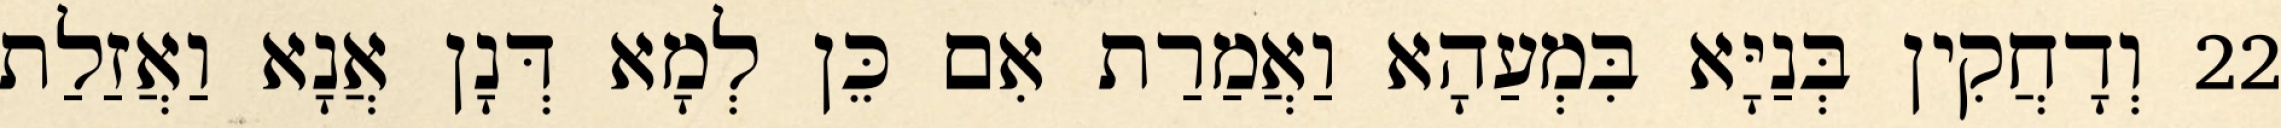
22 וְדָחֲקִין בְּנַיָּא בִּמְעַהָא וַאֲמַרַת אִם כֵּן לְמָא דְּנָן אֲנָא וַאֲזַלַת